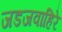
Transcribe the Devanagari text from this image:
जडजवाहिरे